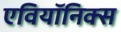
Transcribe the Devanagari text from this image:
एवियॉनिक्स